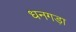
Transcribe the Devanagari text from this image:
धनगड़ा